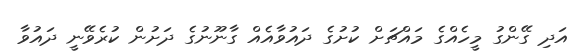
އަދި ގޭންގު މީހެއްގެ މައްޗަށް ކުށުގެ ދައުވާއެއް ގާނޫނުގެ ދަށުން ކުރެވޭނީ ދައުވާ